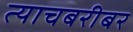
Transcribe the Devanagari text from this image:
त्याचबरीबर